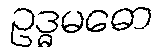
ဥဒ္ဓမဓော